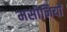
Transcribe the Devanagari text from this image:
मसीनियों